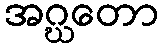
အဂ္ဃတော